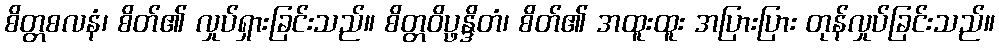
စိတ္တစလနံ၊ စိတ်၏ လှုပ်ရှားခြင်းသည်။ စိတ္တဝိပ္ဖန္ဒိတံ၊ စိတ်၏ အထူးထူး အပြားပြား တုန်လှုပ်ခြင်းသည်။